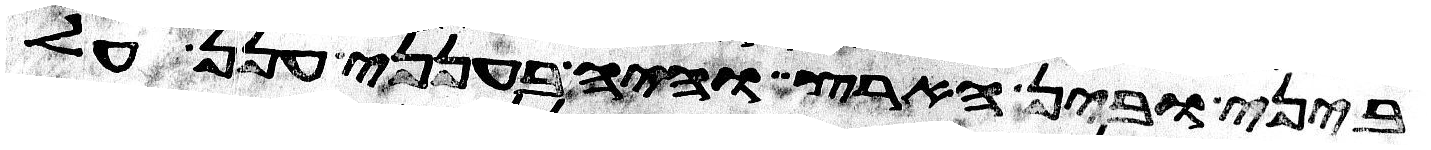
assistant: ביני ובין הארץ והיה בענני ענן על